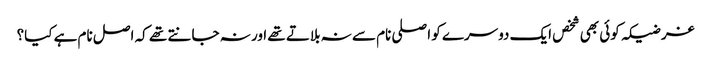
غرضیکہ کوئی بھی شخص ایک دوسرے کو اصلی نام سے نہ بلاتے تھے اور نہ جانتے تھے کہ اصل نام ہے کیا؟